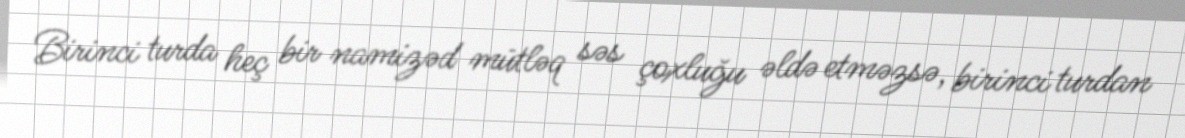
Birinci turda heç bir namizəd mütləq səs çoxluğu əldə etməzsə, birinci turdan